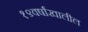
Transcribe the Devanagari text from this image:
१९वर्षांखालील